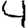
Digit: 4